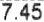
7.45